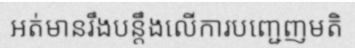
អត់មានរឹងបន្តឹងលើការបញ្ជេញមតិ